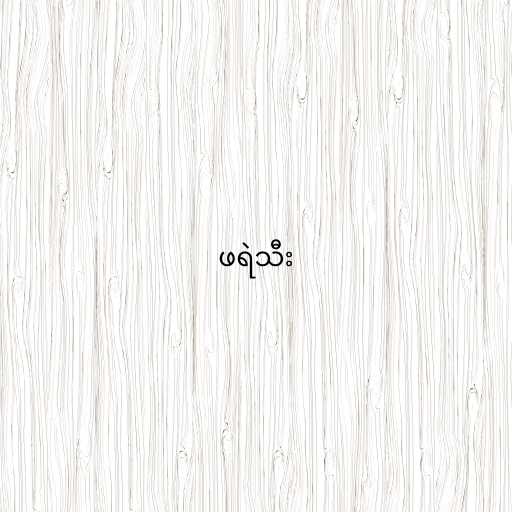
ဖရဲသီး